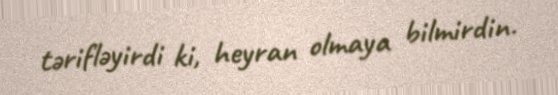
tərifləyirdi ki, heyran olmaya bilmirdin.